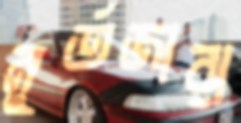
মুর্তজারা